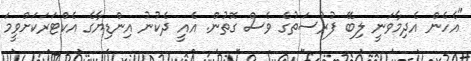
"އެހެން އެދިމާވަނީ ލިބޭ ފުރުސަތުގެ ވެސް ގޮތުން. އެއީ ދެކުނު އިންޑިޔާގެ އެކްޓަރަކަށްވީމަ